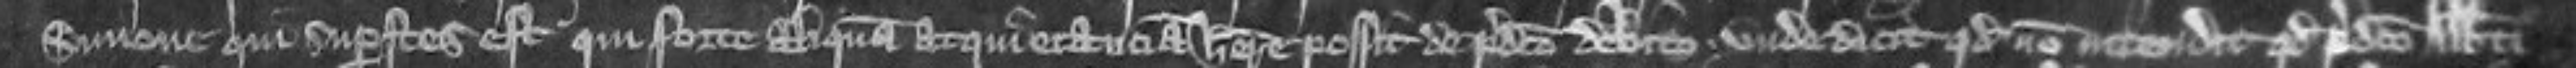
Simone qui superstes est qui forte aliquam acquietanciam habere possit de predicto debito unde dicit quod non intendit quod predicto abbati